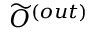
{ \widetilde O } ^ { ( o u t ) }